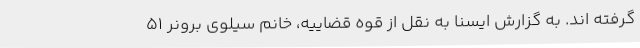
گرفته اند. به گزارش ایسنا به نقل از قوه قضاییه، خانم سیلوی برونر ۵۱